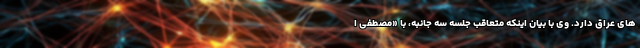
های عراق دارد. وی با بیان اینکه متعاقب جلسه سه جانبه، با «مصطفی ا